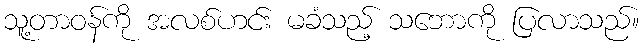
သူ့တာဝန်ကို အလစ်ဟင်း မခံသည့် သဘောကို ပြလာသည်။